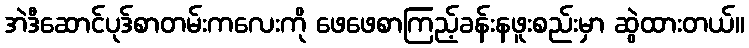
အဲဒီဆောင်ပုဒ်စာတမ်းကလေးကို ဖေဖေစာကြည့်ခန်းနဖူးစည်းမှာ ဆွဲထားတယ်။